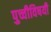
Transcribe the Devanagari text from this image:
पुच्चीविषयी